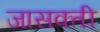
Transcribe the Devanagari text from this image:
जासक्ती